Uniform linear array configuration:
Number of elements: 24
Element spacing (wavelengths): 1
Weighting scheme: cosine
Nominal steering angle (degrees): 60
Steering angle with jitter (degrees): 58.993
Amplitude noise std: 0.05
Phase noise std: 0.05

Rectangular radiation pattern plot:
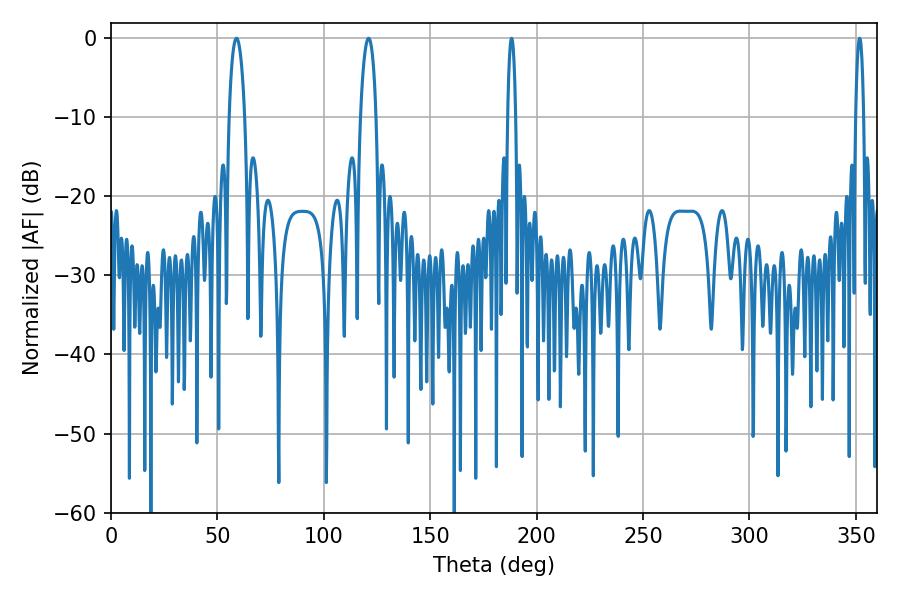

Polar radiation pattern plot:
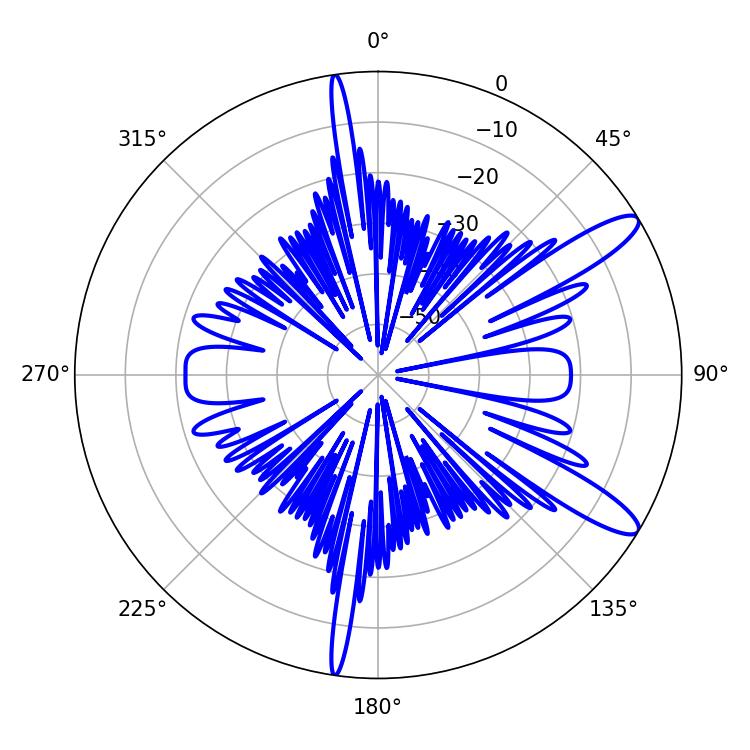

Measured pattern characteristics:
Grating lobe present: TRUE
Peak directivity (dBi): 12.048
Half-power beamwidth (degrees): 4.14
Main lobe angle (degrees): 120.96